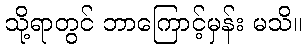
သို့ရာတွင် ဘာကြောင့်မှန်း မသိ။